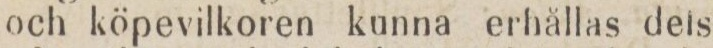
och köpevilkoren kunna erhällas dels